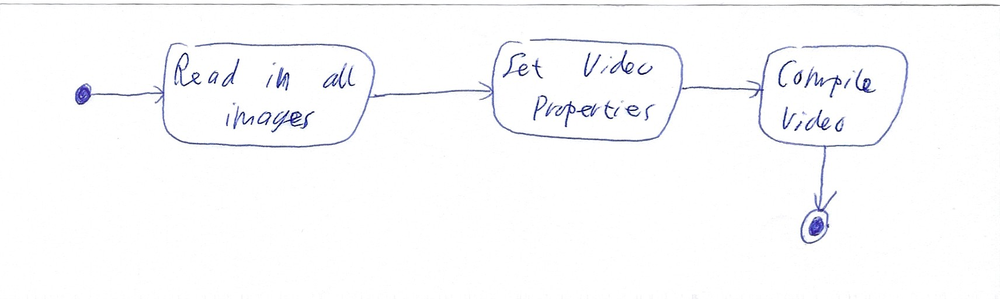
Diagram type: activity_diagram
```plantuml
@startuml

start

:Read in all images;

:Set Video Properties;

:Compile Video;

stop

@enduml
```